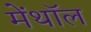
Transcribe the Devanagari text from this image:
मेंथॉल